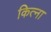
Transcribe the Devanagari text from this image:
कित्ना